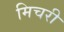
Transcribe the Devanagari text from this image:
मिचरी